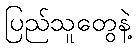
ပြည်သူတွေနဲ့